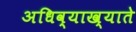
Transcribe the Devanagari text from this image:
अधिव्याख्याते